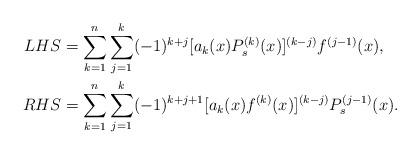
LaTeX: \begin{align*}LHS&=\sum_{k=1}^n\sum_{j=1}^k(-1)^{k+j}[a_k(x)P_s^{(k)}(x)]^{(k-j)}f^{(j-1)}(x), \\RHS&=\sum_{k=1}^n\sum_{j=1}^k(-1)^{k+j+1}[a_k(x)f^{(k)}(x)]^{(k-j)}P_s^{(j-1)}(x).\end{align*}